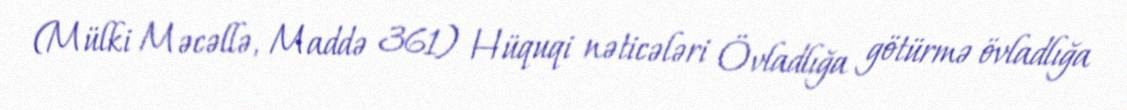
(Mülki Məcəllə, Maddə 361) Hüquqi nəticələri Övladlığa götürmə övladlığa